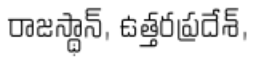
రాజస్థాన్, ఉత్తరప్రదేశ్,